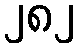
၂၈၂